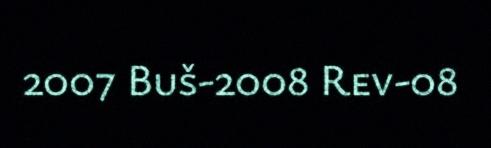
2007 Buš-2008 Rev-08